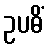
ဥပဓိံ